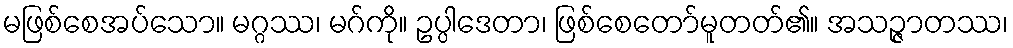
မဖြစ်စေအပ်သော။ မဂ္ဂဿ၊ မဂ်ကို။ ဥပ္ပါဒေတာ၊ ဖြစ်စေတော်မူတတ်၏။ အသဉ္ဇာတဿ၊